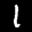
Label: 1